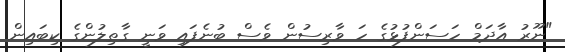
"ނޫރު އާދަމް ހަސަންފުޅުގެ ހަ ވާރިސުން ވެސް ބުނެފައި ވަނީ ގާތިލުންގެ ކިބައިން